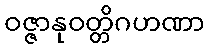
ဝဇ္ဇာနုဝတ္တိဂဟဏာ